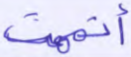
أتممت